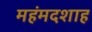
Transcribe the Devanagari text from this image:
महंमदशाह